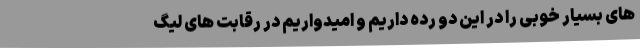
های بسیار خوبی را در این دو رده داریم و امیدواریم در رقابت های لیگ